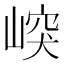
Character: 㟮